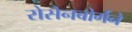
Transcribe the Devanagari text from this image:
रोसेनबोर्गने